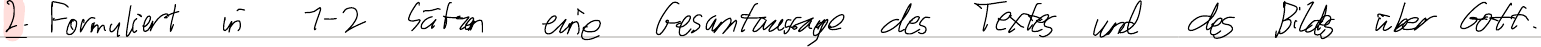
2. Formuliert in 1-2 Sätzen eine Gesamtaussage des Textes und des Bildes über Gott.